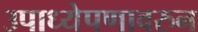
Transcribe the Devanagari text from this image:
उपाध्येपणावरुन